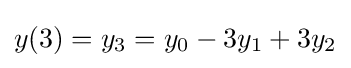
y(3)=y_{3}=y_{0}-3y_{1}+3y_{2}